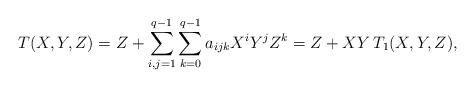
LaTeX: \begin{align*} T(X,Y,Z) = Z + \sum_{i,j=1}^{q-1} \sum_{k=0}^{q-1} a_{ijk} X^iY^jZ^k= Z + XY \, T_1(X,Y,Z),\end{align*}